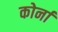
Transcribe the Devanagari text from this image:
कोर्ना